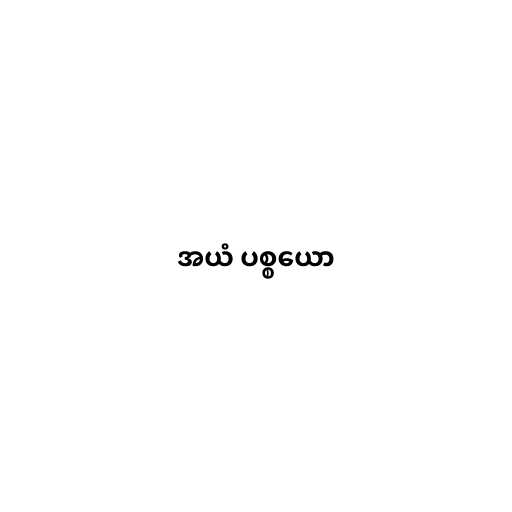
အယံ ပစ္စယော